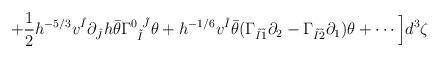
LaTeX: \begin{align*}+ \frac{1}{2} h^{-5/3} v^{\hat{I}} \partial_{\hat{J}} h\bar{\theta} \Gamma^{0~\tilde{J}}_{~\tilde{I}} \theta+ h^{-1/6} v^{\hat{I}} \bar{\theta} (\Gamma_{\tilde{I} \tilde{1}} \partial_2 - \Gamma_{\tilde{I} \tilde{2}} \partial_1) \theta + \cdots \Big] d^3 \zeta\end{align*}